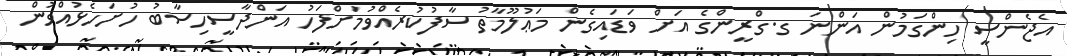
އެޖެންސީ ހިންގަމުން އަންނަ ގ.ގްރީންގެ އަށް ވަޑައިގެން މަޢުލޫމާތު ސާފުކުރެއްވުމަށްފަހު އަންދާސީހިސާބު ހުށަހެޅުއްވުން